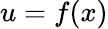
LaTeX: u=f(x)